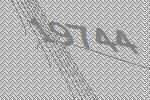
19744